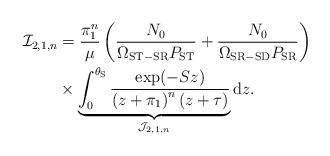
LaTeX: \begin{align*}\mathcal{I}_{2,1,n} &= \frac{\pi_1^n}{\mu} \left( \frac{N_0}{\Omega_{\mathrm{ST-SR}} P_{\mathrm{ST}}} + \frac{N_0}{\Omega_{\mathrm{SR-SD}} P_{\mathrm{SR}}} \right) \\& \times \underbrace{\int_{0}^{\theta_{\mathrm{S}}} \frac{\exp({-Sz})}{ \left( z + \pi_1 \right)^n (z + \tau)}}_{\mathcal{J}_{2,1,n}} \mathrm{d}z.\end{align*}